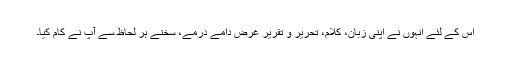
اس کے لئے انہوں نے اپنی زبان، کلام، تحریر و تقریر غرض دامے درمے، سخنے ہر لحاظ سے آپ نے کام کیا۔